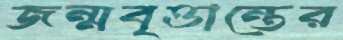
জন্মবৃত্তান্তের